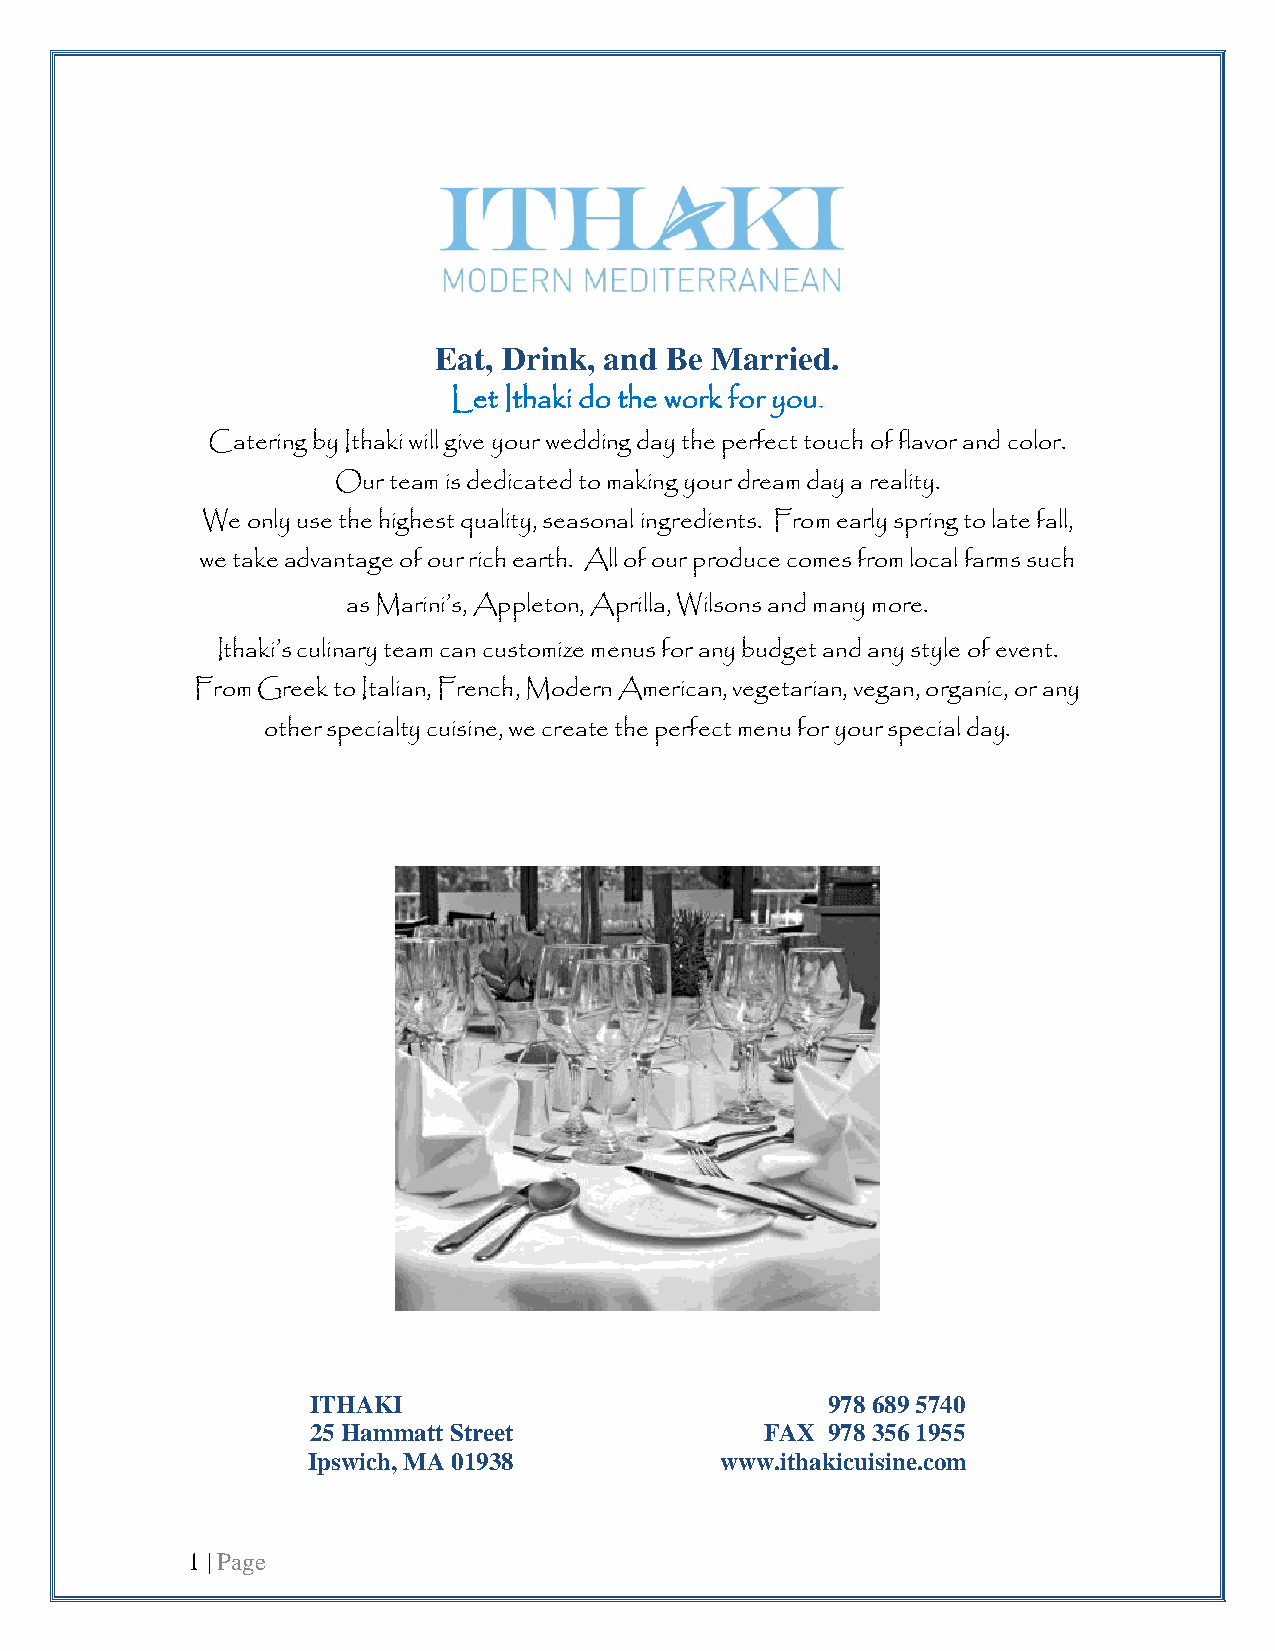
Eat, Drink, and Be Married.
 Let Ithaki do the work for you.
 Catering by Ithaki will give your wedding day the perfect touch of flavor and color.
 Our team is dedicated to making your dream day a reality.
 We only use the highest quality, seasonal ingredients. From early spring to late fall,
 we take advantage of our rich earth. All of our produce comes from local farms such
 as Marini’s, Appleton, Aprilla, Wilsons and many more.
 Ithaki’s culinary team can customize menus for any budget and any style of event.
 From Greek to Italian, French, Modern American, vegetarian, vegan, organic, or any
 other specialty cuisine, we create the perfect menu for your special day.
 ITHAKI                            978 689 5740
 25 Hammatt Street             FAX 978 356 1955
 Ipswich, MA 01938           www.ithakicuisine.com
 1 | Page